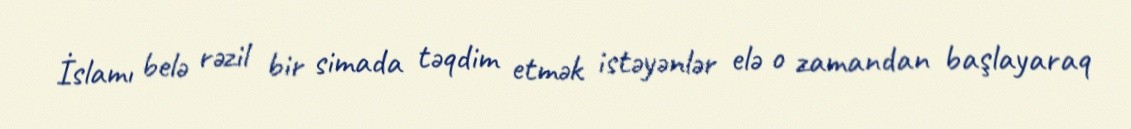
İslamı belə rəzil bir simada təqdim etmək istəyənlər elə o zamandan başlayaraq